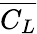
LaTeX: \overline{{C_{L}}}